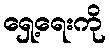
ရှေ့ရေးကို